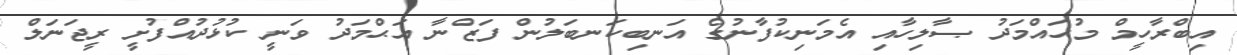
އިބްރާހީމް މުޙައްމަދު ޞާލިހާއި އެމަނިކުފާނުގެ އަނބިކަނބަލުން ފަޒްނާ އަޙްމަދު ވަނީ ކުޅުދުއްފުށީ ރީޖަނަލް